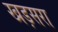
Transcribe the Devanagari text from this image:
खड़सरा